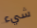
شيء